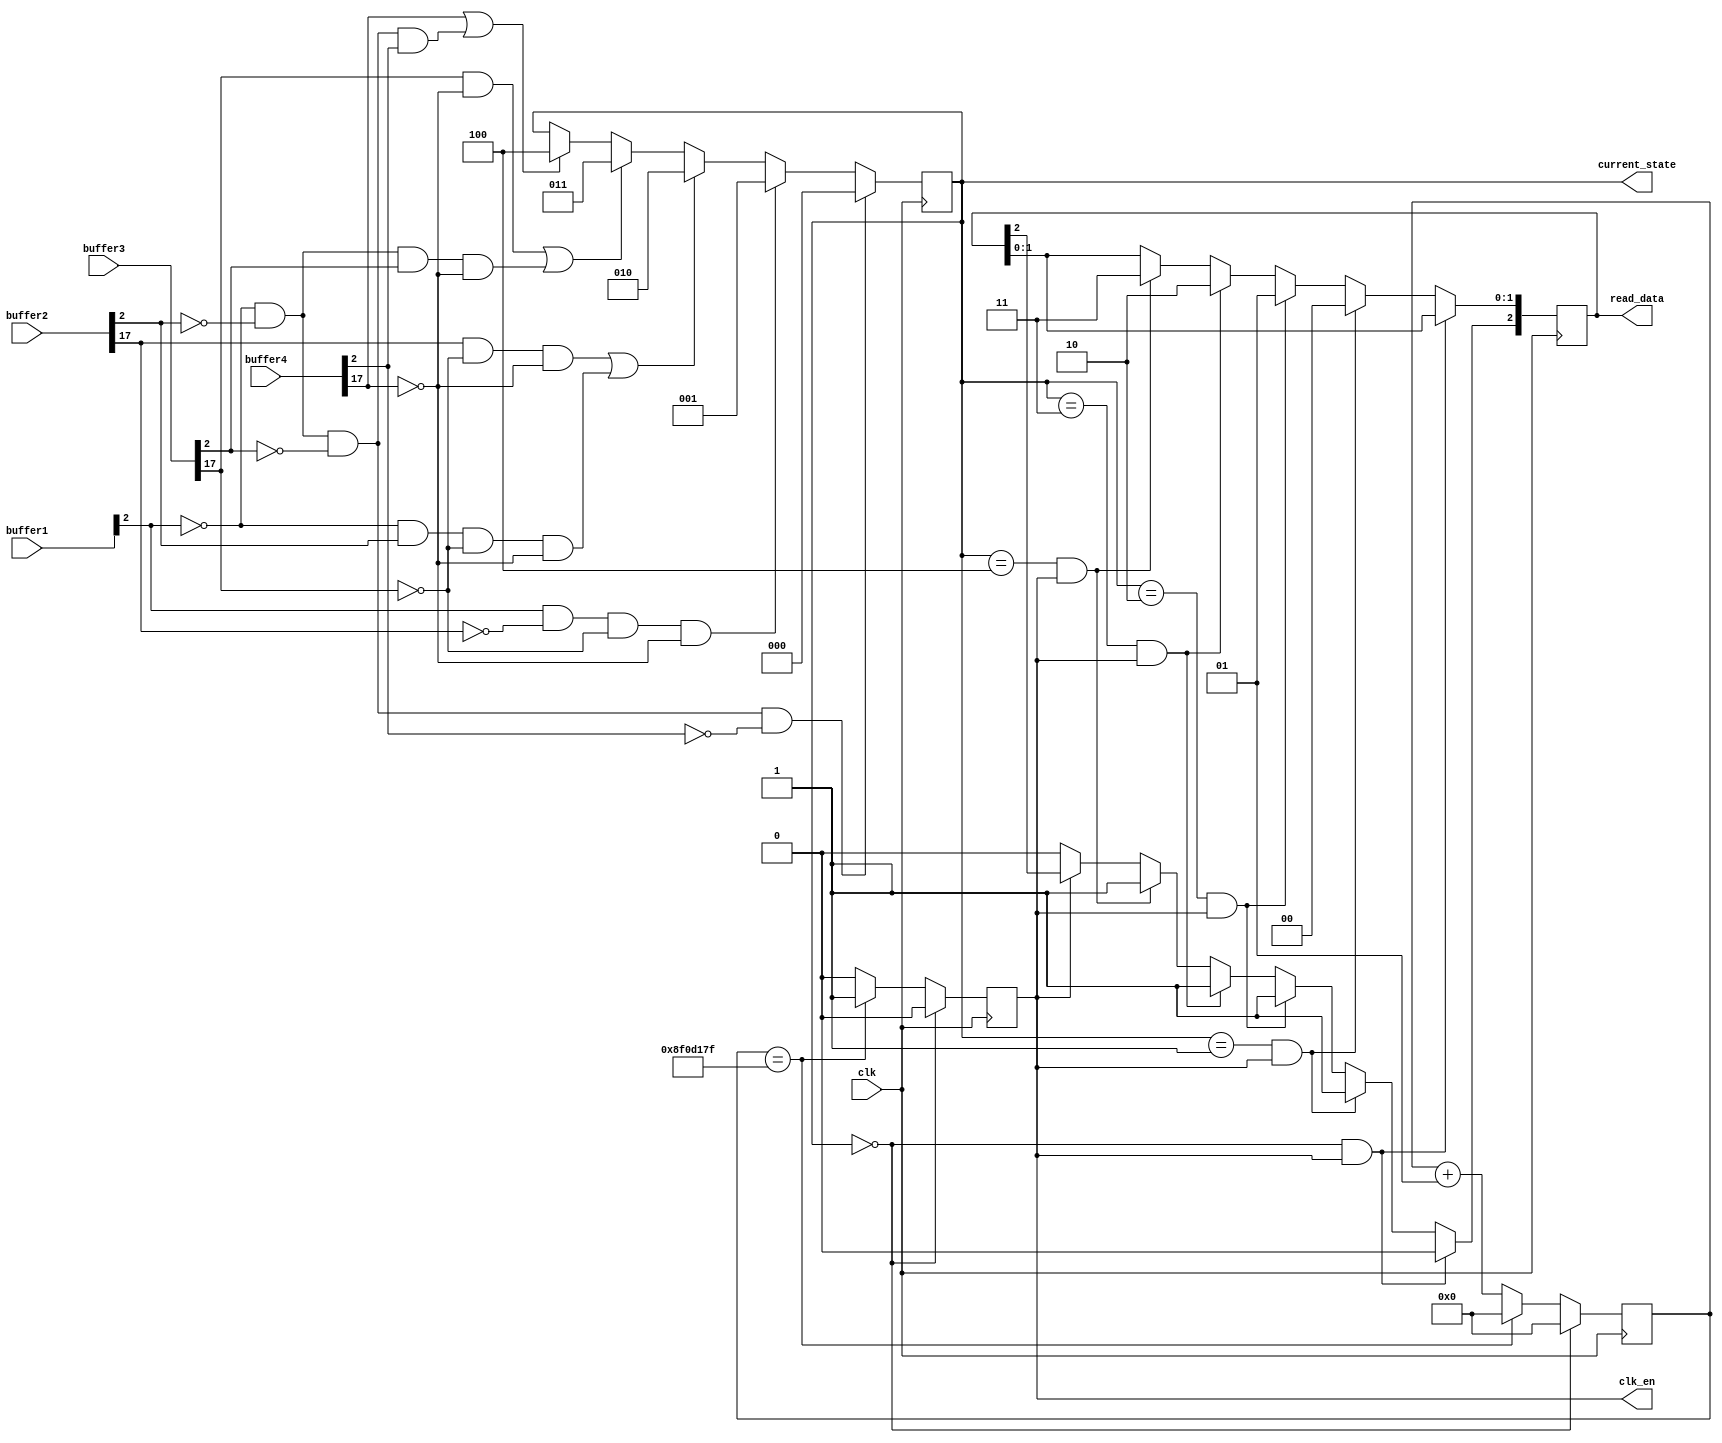
module read_data_m(buffer1, buffer2, buffer3, buffer4, clk,read_data,current_state,clk_en);

input [17:0] buffer1, buffer2, buffer3, buffer4;
input clk;
output reg [2:0] read_data;
integer counter;

output reg clk_en;
output reg [2:0] current_state;

parameter st_0 = 3'b0;
parameter st_1 = 3'b001;
parameter st_2 = 3'b010;
parameter st_3 = 3'b011;
parameter st_4 = 3'b100;

initial
begin
current_state = st_0;
counter = 0;
clk_en = 1'b0;
read_data = 3'b0;
end

always @(posedge clk)
begin

counter <= counter + 1;

if(current_state==0)
begin
   counter <= 0;
	clk_en <= 1'b0;
end
else if( counter == 149999999)
begin
   counter <= 0;
	clk_en <= 1'b1;
end else
begin
   clk_en <= 1'b0;
end


if(buffer1[2] == 1'b0 && buffer2[2] == 1'b0 && buffer3[2] == 1'b0 && buffer4[2] == 1'b0)
begin
	current_state <= st_0;
	
end
else if(buffer1[2] != 1'b0 && buffer2[17] != 1'b1 && buffer3[17] != 1'b1 && buffer4[17] != 1'b1)
begin
	current_state <= st_1;
end
else if((buffer2[17] == 1'b1 && buffer3[17] != 1'b1 && buffer4[17] != 1'b1) || (buffer1[2] == 1'b0 && buffer2[2] != 1'b0 && buffer3[17] != 1'b1 && buffer4[17] != 1'b1))
begin
	current_state <= st_2;
end
else if((buffer3[17] == 1'b1 && buffer4[17] != 1'b1) || (buffer1[2] == 1'b0 && buffer2[2] == 1'b0 && buffer3[2] != 1'b0 && buffer4[17] != 1'b1))
begin
	current_state <= st_3;
end
else if((buffer4[17] == 1'b1) || (buffer1[2] == 1'b0 && buffer2[2] == 1'b0 && buffer3[2] == 1'b0 && buffer4[2] != 1'b0))
begin
	current_state <= st_4;
end

if(clk_en == 1'b0)
begin
   read_data[2] <= 1'b0;
end


if(current_state == st_0 && clk_en == 1'b1)
begin
   read_data[2] <= 1'b0;
end
else if(current_state == st_1 && clk_en == 1'b1)
begin
   read_data <= 3'b100;
end
else if(current_state == st_2 && clk_en == 1'b1)
begin
   read_data <= 3'b101;
end
else if(current_state == st_3 && clk_en == 1'b1)
begin
   read_data <= 3'b110;
end
else if(current_state == st_4 && clk_en == 1'b1)
begin
   read_data <= 3'b111;
end


end

endmodule